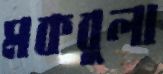
মকবুলা